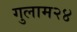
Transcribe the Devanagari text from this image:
गुलाम२४